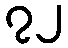
၇၂